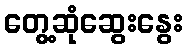
တွေ့ဆုံဆွေးနွေး